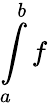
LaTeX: \int\limits_{a}^{b}f